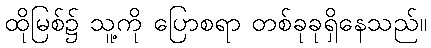
ထိုမြစ်၌ သူ့ကို ပြောစရာ တစ်ခုခုရှိနေသည်။